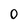
Character: O